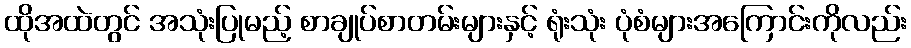
ထိုအထဲတွင် အသုံးပြုမည့် စာချုပ်စာတမ်းများနှင့် ရုံးသုံး ပုံစံများအကြောင်းကိုလည်း